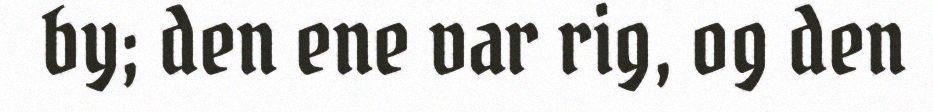
by; den ene var rig, og den